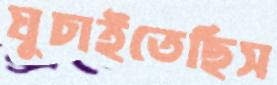
ঘুচাইতেছিস